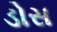
ડોસ